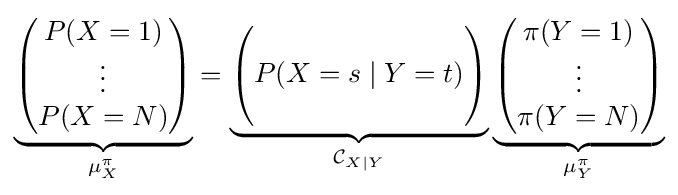
\underbrace {\begin{pmatrix}P(X=1)\\\vdots \\P(X=N)\\\end{pmatrix}} _{\mu _{X}^{\pi }}=\underbrace {\begin{pmatrix}\\P(X=s\mid Y=t)\\\\\end{pmatrix}} _{{\mathcal {C}}_{X\mid Y}}\underbrace {\begin{pmatrix}\pi (Y=1)\\\vdots \\\pi (Y=N)\\\end{pmatrix}} _{\mu _{Y}^{\pi }}